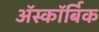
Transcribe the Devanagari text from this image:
ॲस्कॉर्बिक